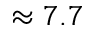
\approx 7 . 7